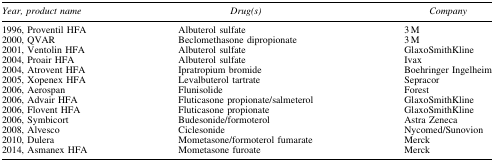
<table><thead><tr><td><b><i>Year, product name</i></b></td><td><b><i>Drug(s)</i></b></td><td><b><i>Company</i></b></td></tr></thead><tbody><tr><td>1996, Proventil HFA</td><td>Albuterol sulfate</td><td>3 M</td></tr><tr><td>2000, QVAR</td><td>Beclomethasone dipropionate</td><td>3 M</td></tr><tr><td>2001, Ventolin HFA</td><td>Albuterol sulfate</td><td>GlaxoSmithKline</td></tr><tr><td>2004, Proair HFA</td><td>Albuterol sulfate</td><td>Ivax</td></tr><tr><td>2004, Atrovent HFA</td><td>Ipratropium bromide</td><td>Boehringer Ingelheim</td></tr><tr><td>2005, Xopenex HFA</td><td>Levalbuterol tartrate</td><td>Sepracor</td></tr><tr><td>2006, Aerospan</td><td>Flunisolide</td><td>Forest</td></tr><tr><td>2006, Advair HFA</td><td>Fluticasone propionate/salmeterol</td><td>GlaxoSmithKline</td></tr><tr><td>2006, Flovent HFA</td><td>Fluticasone propionate</td><td>GlaxoSmithKline</td></tr><tr><td>2006, Symbicort</td><td>Budesonide/formoterol</td><td>Astra Zeneca</td></tr><tr><td>2008, Alvesco</td><td>Ciclesonide</td><td>Nycomed/Sunovion</td></tr><tr><td>2010, Dulera</td><td>Mometasone/formoterol fumarate</td><td>Merck</td></tr><tr><td>2014, Asmanex HFA</td><td>Mometasone furoate</td><td>Merck</td></tr></tbody></table>